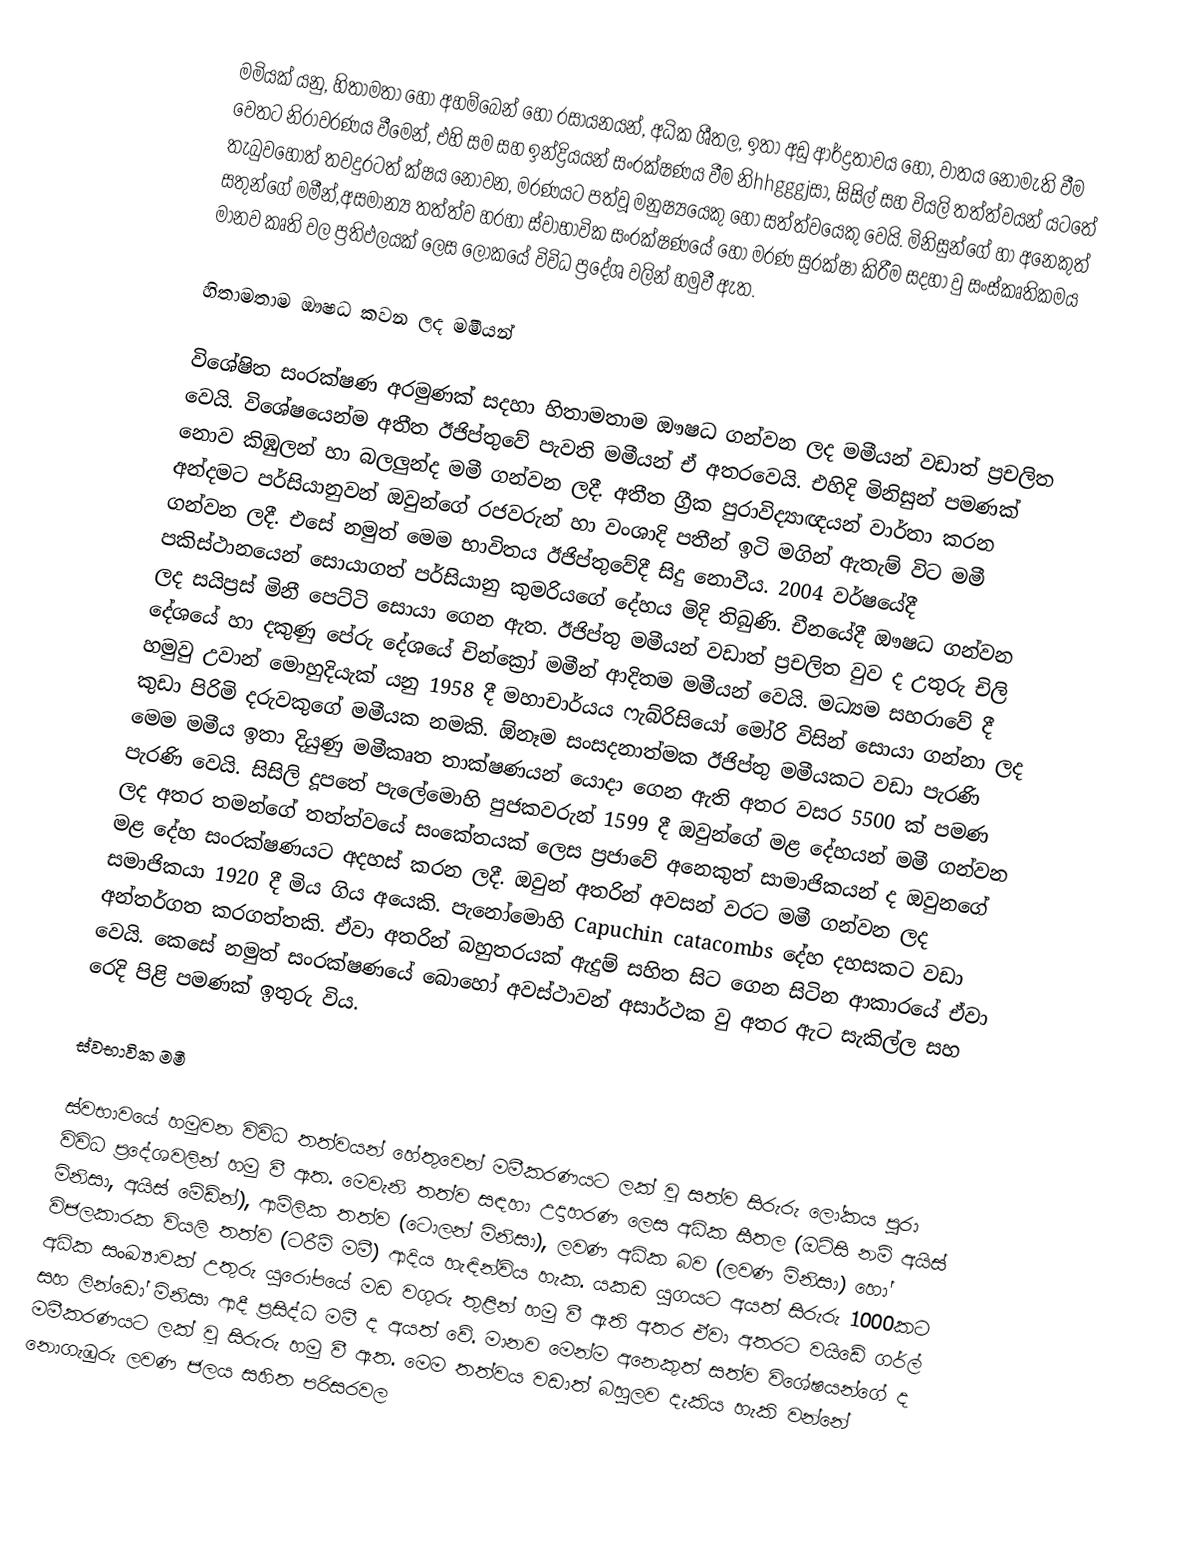
මමියක් යනු, හිතාමතා හෝ අහම්බෙන් හෝ  රසායනයන්, අධික ශීතල, ඉතා අඩු ආර්ද්‍රතාවය හෝ, වාතය නොමැති වීම වෙතට නිරාවරණය වීමෙන්, එහි සම සහ ඉන්ද්‍රියයන් සංරක්ෂණය වීම නිhhgggjසා, සිසිල් සහ වියලි තත්ත්වයන් යටතේ තැබුවහොත්  තවදුරටත් ක්ෂය නොවන,   මරණයට පත්වූ මනුෂ්‍යයෙකු හෝ සත්ත්වයෙකු වෙයි.  මිනිසුන්ගේ හා අනෙකුත් සතුන්ගේ මමීන්,අසමාන්‍ය තත්ත්ව හරහා ස්වාභාවික සංරක්ෂණයේ හෝ මරණ සුරක්ෂා කිරීම සදහා වු සංස්කෘතිකමය මානව කෘති වල ප්‍රතිඵලයක් ලෙස ලෝකයේ විවිධ ප්‍රදේශ වලින් හමුවී ඇත.

හිතාමතාම ඖෂධ කවන ලද මමීයන්

විශේෂිත සංරක්ෂණ අරමුණක් සදහා හිතාමතාම ඖෂධ ගන්වන ලද මමීයන් වඩාත් ප්‍රචලිත වෙයි. විශේෂයෙන්ම අතීත ඊජිප්තුවේ පැවති මමීයන් ඒ අතරවෙයි. එහිදි මිනිසුන් පමණක් නොව කිඹුලන් හා බලලුන්ද මමී ගන්වන ලදී. අතීත ග්‍රීක පුරාවිද්‍යාඥයන් වාර්තා කරන අන්දමට පර්සියානුවන් ඔවුන්ගේ රජවරුන් හා වංශාදි පතීන් ඉටි මගින් ඇතැම් විට මමී ගන්වන ලදී. එසේ නමුත් මෙම භාවිතය ඊජිප්තුවේදී සිදු නොවීය.  2004 වර්ෂයේදී පකිස්ථානයෙන් සොයාගත් පර්සියානු කුමරියගේ දේහය මිදි තිබුණි. චීනයේදී ඖෂධ ගන්වන ලද සයිප්‍රස් මිනී පෙට්ටි සොයා ගෙන ඇත. ඊජිප්තු මමීයන් වඩාත් ප්‍රචලිත වුව ද උතුරු චිලි දේශයේ හා දකුණු පේරු දේශයේ චින්ක්‍රෝ මමීන් ආදිතම මමීයන් වෙයි. මධ්‍යම සහරාවේ දී හමුවු උවාන් මොහුදියැක් යනු 1958 දී මහාචාර්යය ෆැබ්රිසියෝ මෝරි විසින් සොයා ගන්නා ලද කුඩා පිරිමි දරුවකුගේ මමීයක නමකි. ඕනෑම සංසදනාත්මක ඊජිප්තු මමීයකට වඩා පැරණි මෙම මමීය ඉතා දියුණු මමීකෘත තාක්ෂණයන් යොදා ගෙන ඇති අතර වසර 5500 ක් පමණ පැරණි වෙයි. සිසිලි දූපතේ පැලේමොහි පුජකවරුන් 1599 දී ඔවුන්ගේ මළ දේහයන් මමී ගන්වන ලද අතර තමන්ගේ තත්ත්වයේ සංකේතයක් ලෙස ප්‍රජාවේ අනෙකුත් සාමාජිකයන් ද ඔවුනගේ මළ දේහ සංරක්ෂණයට අදහස් කරන ලදී. ඔවුන් අතරින් අවසන් වරට මමී ගන්වන ලද සමාජිකයා 1920 දී මිය ගිය අයෙකි. පැනෝමොහි Capuchin catacombs දේහ දහසකට වඩා අන්තර්ගත කරගත්තකි. ඒවා අතරින් බහුතරයක් ඇදුම් සහිත සිට ගෙන සිටින ආකා‍රයේ ඒවා වෙයි. කෙසේ නමුත් සංරක්ෂණයේ බොහෝ අවස්ථාවන් අසාර්ථක වු අතර ඇට සැකිල්ල සහ රෙදි පිළි පමණක් ඉතුරු විය.

ස්වභාවික මමී

ස්වභාවයේ හමුවන විවිධ තත්වයන් හේතුවෙන් මමීකරණයට ලක් වූ සත්ව සිරුරු ලෝකය පුරා විවිධ ප්‍රදේශවලින් හමු වී ඇත. මෙවැනි තත්ව සඳහා උදාහරණ ලෙස අධික සීතල (ඔට්සි නම් අයිස් මිනිසා, අයිස් මේඩ්න්), ආම්ලික තත්ව (ටොලන් මිනිසා), ලවණ අධික බව (ලවණ මිනිසා) හෝ විජලකාරක වියලි තත්ව (ටරීම් මමී) ආදිය හැඳින්විය හැක. යකඩ යුගයට අයත් සිරුරු 1000කට අධික සංඛ්‍යාවක් උතුරු යුරෝපයේ මඩ වගුරු තුළින් හමු වී ඇති අතර ඒවා අතරට වයිඩේ ගර්ල් සහ ලින්ඩෝ මිනිසා ආදී ප්‍රසිද්ධ මමී ද අයත් වේ. මානව මෙන්ම අනෙකුත් සත්ව විශේෂයන්ගේ ද මමීකරණයට ලක් වූ සිරුරු හමු වී ඇත. මෙම තත්වය වඩාත් බහුලව දැකිය හැකි වන්නේ නොගැඹුරු ලවණ ජලය සහිත පරිසරවල